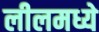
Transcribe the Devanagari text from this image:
लीलमध्ये